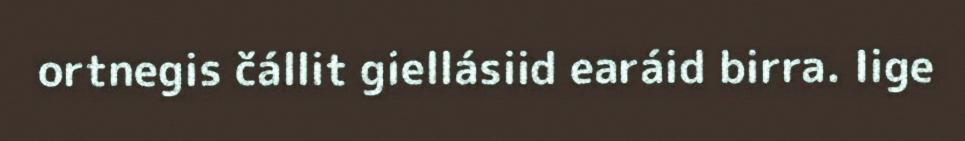
ortnegis čállit giellásiid earáid birra. Iige